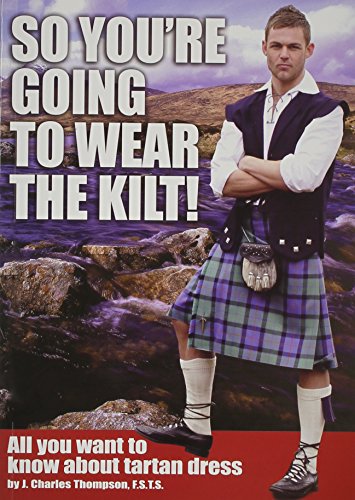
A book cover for So You're Going to Wear the Kilt!: All You Want to Know About Tartan Dress; J.Charles Thompson; Arts & Photography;